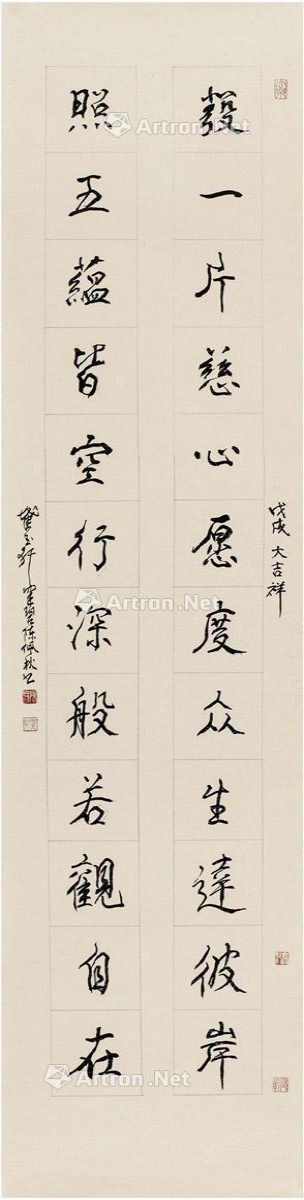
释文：发一片慈心愿度众生达彼岸，照五蕴皆空行深般若观自在。戊戌大吉祥，截玉轩健碧陈佩秋书。